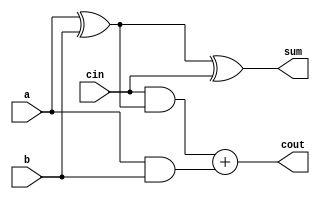
`timescale 1ns / 1ps
//@SHREYANSHU KUMAR IIT JAMMU //2016UEE0041
//////////////////////////////////////////////////////////////////////////////////
// Company: 
// Engineer: 
// 
// Design Name: 
// Module Name:    fulladder 
// Project Name: 
// Target Devices: 
// Tool versions: 
// Description: 
//
// Dependencies: 
//
// Revision: 
// Revision 0.01 - File Created
// Additional Comments: 
//
//////////////////////////////////////////////////////////////////////////////////
module fulladder(a,b,cin,sum,cout); //making module for 1-bit full adder
		input a,b,cin;
		output sum,cout;
			assign sum= a^b^cin;
			assign cout= (cin&(a^b))+(a&b);
			endmodule
module fulladder6(a1,b1,cin1,sum1,cout1); //making module for 6-bit full adder by instantiating 1-bit full adder 
		input [5:0]a1,b1;
		input cin1;
		output[5:0]sum1;
		output cout1;
		wire s1,s2,s3,s4,s5,s6,c1,c2,c3,c4,c5,c6;
			fulladder f1(a1[0],b1[0],cin1,sum1[0],c1);
			fulladder f2(a1[1],b1[1],c1,sum1[1],c2);
			fulladder f3(a1[2],b1[2],c2,sum1[2],c3);
			fulladder f4(a1[3],b1[3],c2,sum1[3],c4);        //@SHREYANSHU KUMAR IIT JAMMU
			fulladder f5(a1[4],b1[4],c4,sum1[4],c5);
			fulladder f6(a1[5],b1[5],c5,sum1[5],cout1);
		endmodule 

module incdec(A,P,SUM,COUT);
	input [5:0]A;
	input P;
	output [5:0]SUM;
	output COUT;
	wire [5:0]B;
		assign B[0]=1'b1^P;
		assign B[1]=1'b0^P;
		assign B[2]=1'b0^P;
		assign B[3]=1'b0^P;
		assign B[4]=1'b0^P;
		assign B[5]=1'b0^P;
		fulladder6 isn_01(A,B,P,SUM,COUT); //using above 6-bit full adder to perform increament or decreament
endmodule